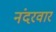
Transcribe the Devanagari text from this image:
नंदरवार